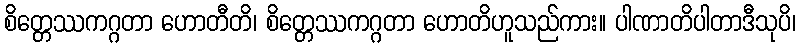
စိတ္တေဿကဂ္ဂတာ ဟောတီတိ၊ စိတ္တေဿကဂ္ဂတာ ဟောတိဟူသည်ကား။ ပါဏာတိပါတာဒီသုပိ၊